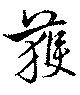
獲